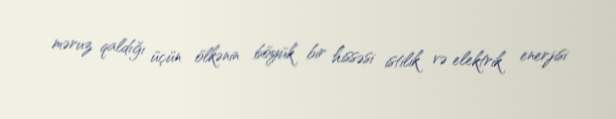
məruz qaldığı üçün ölkənin böyük bir hissəsi istilik və elektrik enerjisi